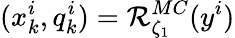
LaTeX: (x_{k}^{i},q_{k}^{i})=\mathcal{R}_{\zeta_{1}}^{MC}(y^{i})